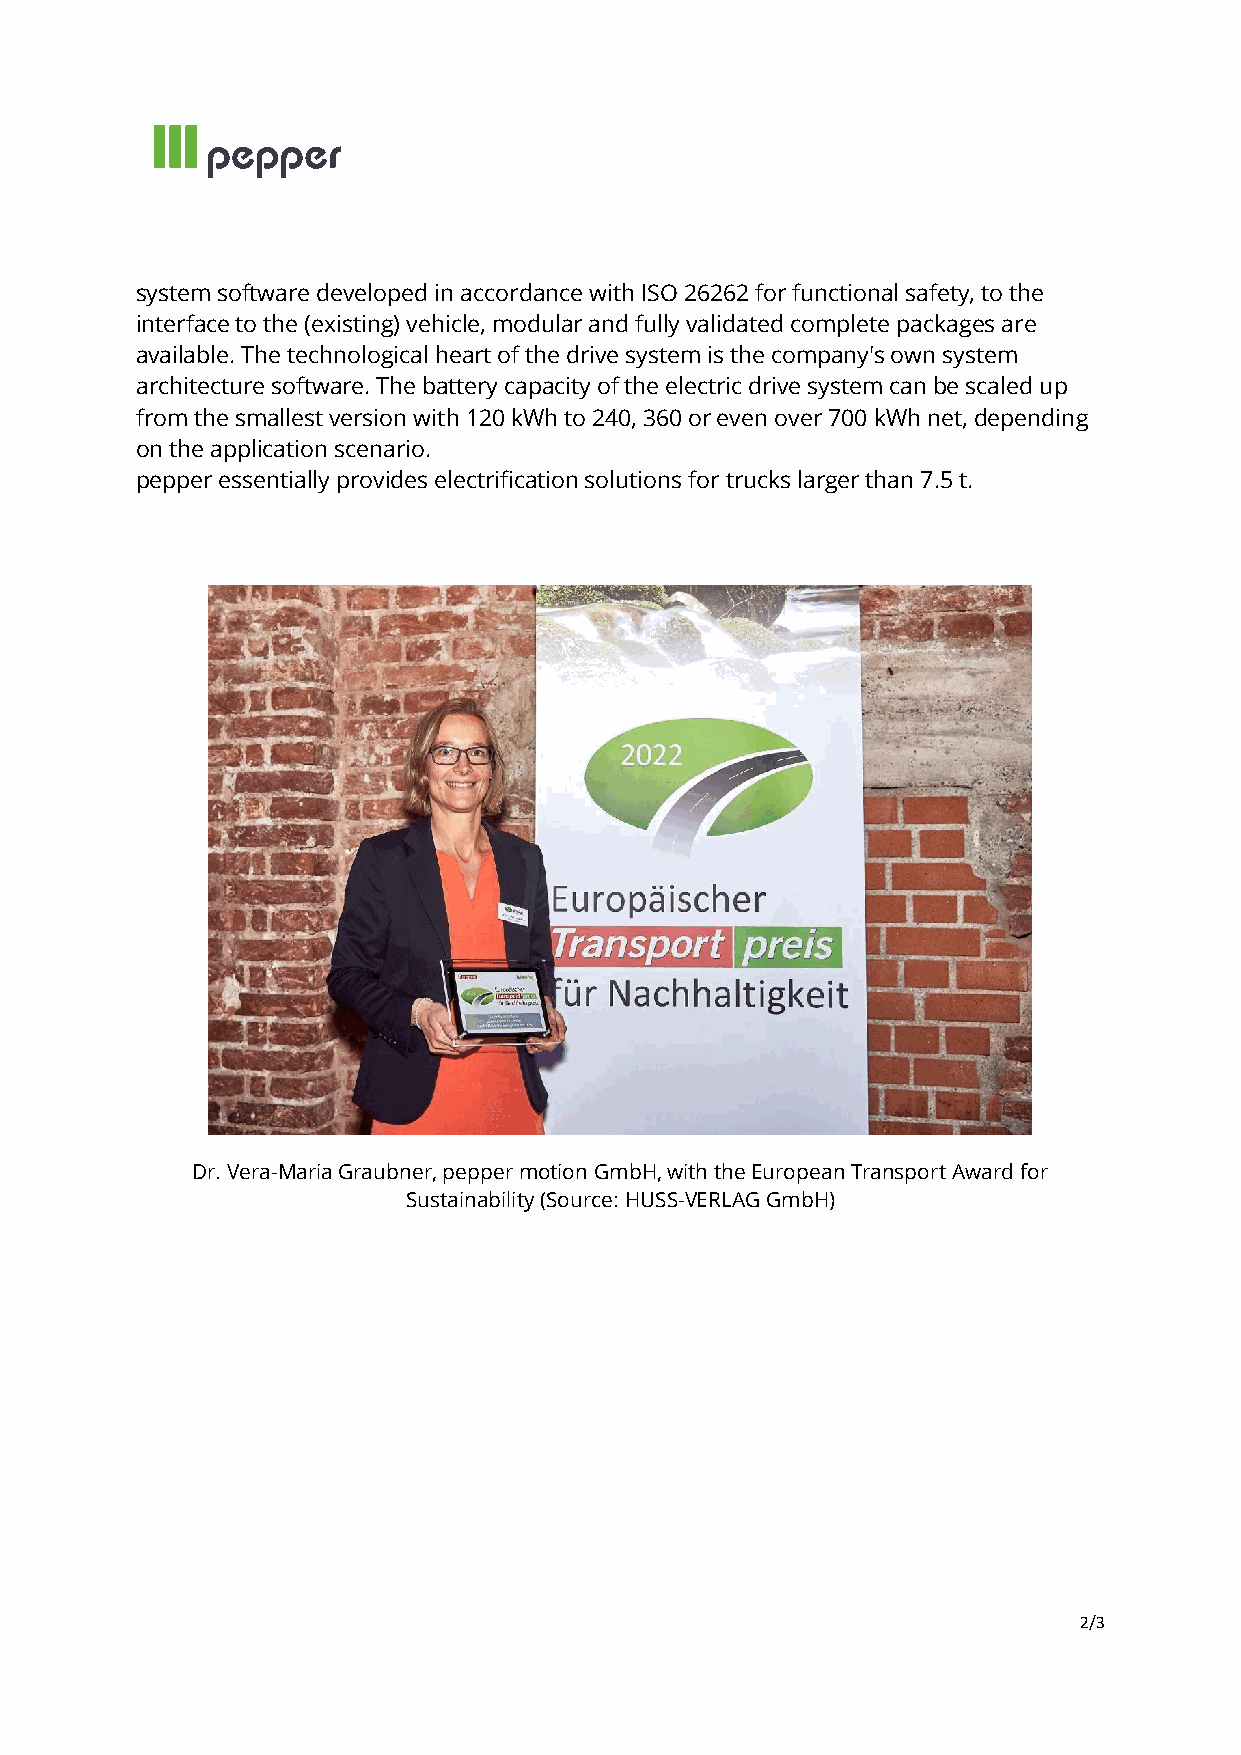
system software developed in accordance with ISO 26262 for functional safety, to the
 interface to the (existing) vehicle, modular and fully validated complete packages are
 available. The technological heart of the drive system is the company's own system
 architecture software. The battery capacity of the electric drive system can be scaled up
 from the smallest version with 120 kWh to 240, 360 or even over 700 kWh net, depending
 on the application scenario.
 pepper essentially provides electrification solutions for trucks larger than 7.5 t.
 Dr. Vera-Maria Graubner, pepper motion GmbH, with the European Transport Award for
 Sustainability (Source: HUSS-VERLAG GmbH)
 2/3